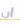
ان